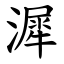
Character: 漽